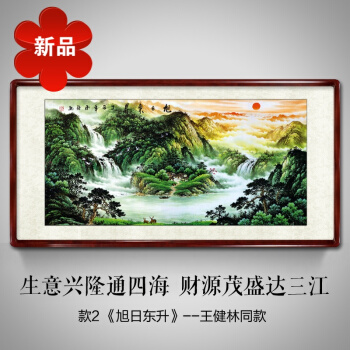
耻之于人大矣。为机变之巧者，无所用耻焉。